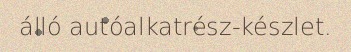
álló autóalkatrész-készlet.